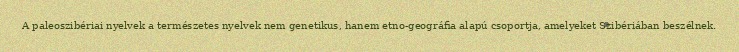
A paleoszibériai nyelvek a természetes nyelvek nem genetikus, hanem etno-geográfia alapú csoportja, amelyeket Szibériában beszélnek.